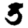
Digit: 5